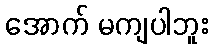
အောက် မကျပါဘူး